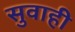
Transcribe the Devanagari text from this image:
सुवाही